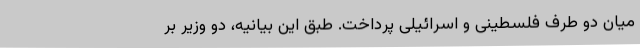
میان دو طرف فلسطینی و اسرائیلی پرداخت. طبق این بیانیه، دو وزیر بر